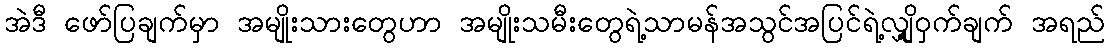
အဲဒီ ဖော်ပြချက်မှာ အမျိုးသားတွေဟာ အမျိုးသမီးတွေရဲ့သာမန်အသွင်အပြင်ရဲ့လျှို့ဝှက်ချက် အရည်